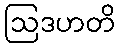
ဩဒဟတိ